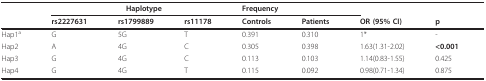
<table><thead><tr><td></td><td colspan="3"><b>Haplotype</b></td><td colspan="2"><b>Frequency</b></td><td></td><td></td></tr><tr><td></td><td><b>rs2227631</b></td><td><b>rs1799889</b></td><td><b>rs11178</b></td><td><b>Controls</b></td><td><b>Patients</b></td><td><b>OR (95% CI)</b></td><td><b>p</b></td></tr></thead><tbody><tr><td>Hap1<sup>a</sup></td><td>G</td><td>5G</td><td>T</td><td>0.391</td><td>0.310</td><td>1*</td><td>-</td></tr><tr><td>Hap2</td><td>A</td><td>4G</td><td>C</td><td>0.305</td><td>0.398</td><td>1.63(1.31-2.02)</td><td><b>&lt;0.001</b></td></tr><tr><td>Hap3</td><td>G</td><td>4G</td><td>C</td><td>0.113</td><td>0.103</td><td>1.14(0.83-1.55)</td><td>0.425</td></tr><tr><td>Hap4</td><td>G</td><td>4G</td><td>T</td><td>0.115</td><td>0.092</td><td>0.98(0.71-1.34)</td><td>0.875</td></tr></tbody></table>